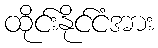
ထိုင်းနိုင်ငံအား